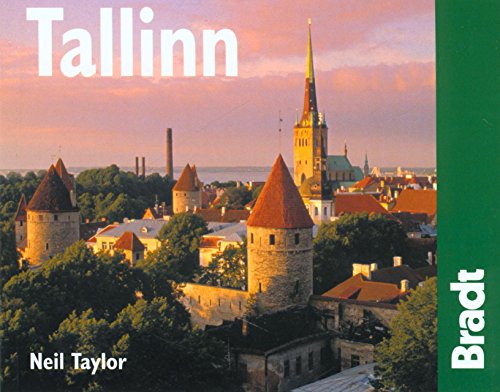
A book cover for Tallinn, 2nd: The Bradt City Guide (Bradt Mini Guide); Neil Taylor; Travel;